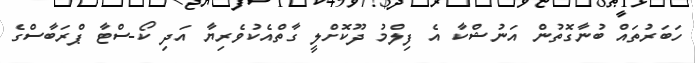
ހަބަރުތައް ބުނާގޮތުން އަނުޝްކާ އެ ފިލްމު ދޫކޮށްލީ ގާތްއެކުވެރިޔާ އަދި ކޯ-ސްޓާ ޕްރަބާސްގެ